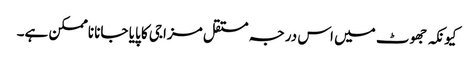
کیونکہ جھوٹ میں اس درجہ مستقل مزاجی کا پایا جانا ناممکن ہے۔